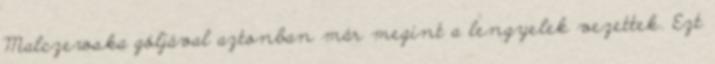
Malczewska góljával aztonban már megint a lengyelek vezettek. Ezt